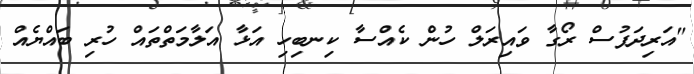
"އަރިދަފުސް ރޯގާ ވައިރަލް ހުން ކެއްސާ ކިނބިހި އަޅާ އަލާމަތްތައް ހުރި ބައްޔެއް